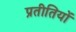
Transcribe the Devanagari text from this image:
प्रतीतियों